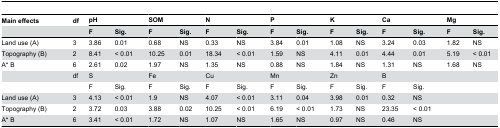
<table><thead><tr><td><b>Main effects</b></td><td><b>df</b></td><td colspan="2"><b>pH</b></td><td colspan="2"><b>SOM</b></td><td colspan="2"><b>N</b></td><td colspan="2"><b>P</b></td><td colspan="2"><b>K</b></td><td colspan="2"><b>Ca</b></td><td colspan="2"><b>Mg</b></td></tr><tr><td></td><td></td><td><b>F</b></td><td><b>Sig.</b></td><td><b>F</b></td><td><b>Sig.</b></td><td><b>F</b></td><td><b>Sig.</b></td><td><b>F</b></td><td><b>Sig.</b></td><td><b>F</b></td><td><b>Sig.</b></td><td><b>F</b></td><td><b>Sig.</b></td><td><b>F</b></td><td><b>Sig.</b></td></tr></thead><tbody><tr><td>Land use (A)</td><td>3</td><td>3.86</td><td>0.01</td><td>0.68</td><td>NS</td><td>0.33</td><td>NS</td><td>3.84</td><td>0.01</td><td>1.08</td><td>NS</td><td>3.24</td><td>0.03</td><td>1.82</td><td>NS</td></tr><tr><td>Topography (B)</td><td>2</td><td>8.41</td><td>&lt; 0.01</td><td>10.25</td><td>0.01</td><td>18.34</td><td>&lt; 0.01</td><td>1.59</td><td>NS</td><td>4.11</td><td>0.01</td><td>4.44</td><td>0.01</td><td>5.19</td><td>&lt; 0.01</td></tr><tr><td>A* B</td><td>6</td><td>2.61</td><td>0.02</td><td>1.97</td><td>NS</td><td>1.35</td><td>NS</td><td>0.88</td><td>NS</td><td>1.84</td><td>NS</td><td>1.31</td><td>NS</td><td>1.68</td><td>NS</td></tr><tr><td></td><td>df</td><td colspan="2">S</td><td colspan="2">Fe</td><td colspan="2">Cu</td><td colspan="2">Mn</td><td colspan="2">Zn</td><td colspan="2">B</td><td></td><td></td></tr><tr><td></td><td></td><td>F</td><td>Sig.</td><td>F</td><td>Sig.</td><td>F</td><td>Sig.</td><td>F</td><td>Sig.</td><td>F</td><td>Sig.</td><td>F</td><td>Sig.</td><td></td><td></td></tr><tr><td>Land use (A)</td><td>3</td><td>4.13</td><td>&lt; 0.01</td><td>1.9</td><td>NS</td><td>4.07</td><td>&lt; 0.01</td><td>3.11</td><td>0.04</td><td>3.98</td><td>0.01</td><td>0.32</td><td>NS</td><td></td><td></td></tr><tr><td>Topography (B)</td><td>2</td><td>3.72</td><td>0.03</td><td>3.88</td><td>0.02</td><td>10.25</td><td>&lt; 0.01</td><td>6.19</td><td>&lt; 0.01</td><td>1.73</td><td>NS</td><td>23.35</td><td>&lt; 0.01</td><td></td><td></td></tr><tr><td>A* B</td><td>6</td><td>3.41</td><td>&lt; 0.01</td><td>1.72</td><td>NS</td><td>1.07</td><td>NS</td><td>1.65</td><td>NS</td><td>0.97</td><td>NS</td><td>0.46</td><td>NS</td><td></td><td></td></tr></tbody></table>